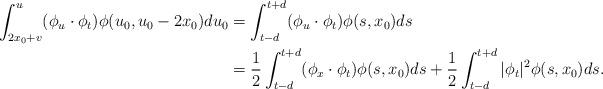
LaTeX: \begin{align*} \int_{2x_0+v}^u (\phi_u\cdot \phi_t)\phi(u_0, u_0- 2x_0) du_0&= \int_{t-d}^{t+d} (\phi_u\cdot \phi_t)\phi(s, x_0) ds \\ &= \frac{1}{2} \int_{t-d}^{t+d} (\phi_x\cdot \phi_t)\phi(s, x_0) ds + \frac{1}{2} \int_{t-d}^{t+d} |\phi_t|^2\phi(s, x_0) ds. \end{align*}